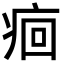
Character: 痐